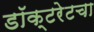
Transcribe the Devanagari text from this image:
डॉक्टरेटचा